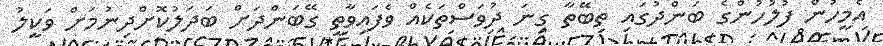
އެމީހުން ފުލުހުންގެ ބަންދުގައި ތިބޭތާ ގިނަ ދުވަސްތަކެއް ވެފައިވާތީ ގޭބަންދަށް ބަދަލުކޮށްދިނުމަށް ވަކީލު